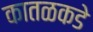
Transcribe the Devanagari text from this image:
कातळकडे